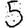
Digit: 5